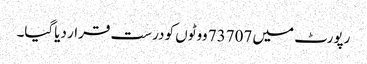
رپورٹ میں 73707 ووٹوں کو درست قرار دیاگیا۔